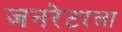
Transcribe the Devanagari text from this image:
जनरेटरला